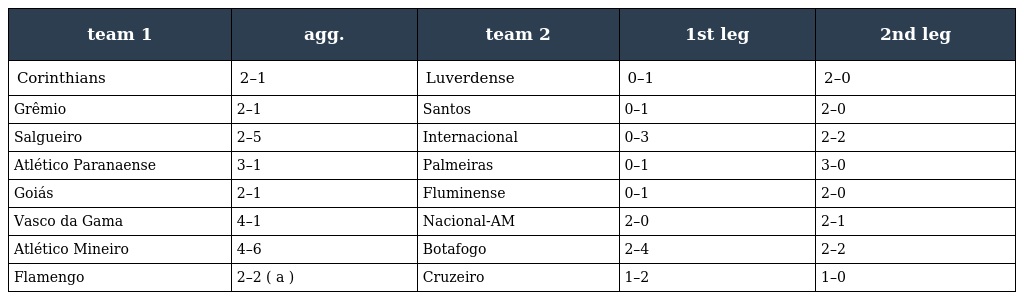
| team 1 | agg. | team 2 | 1st leg | 2nd leg |
 | --- | --- | --- | --- | --- |
 | Corinthians | 2–1 | Luverdense | 0–1 | 2–0 |
 | Grêmio | 2–1 | Santos | 0–1 | 2–0 |
 | Salgueiro | 2–5 | Internacional | 0–3 | 2–2 |
 | Atlético Paranaense | 3–1 | Palmeiras | 0–1 | 3–0 |
 | Goiás | 2–1 | Fluminense | 0–1 | 2–0 |
 | Vasco da Gama | 4–1 | Nacional-AM | 2–0 | 2–1 |
 | Atlético Mineiro | 4–6 | Botafogo | 2–4 | 2–2 |
 | Flamengo | 2–2 ( a ) | Cruzeiro | 1–2 | 1–0 |